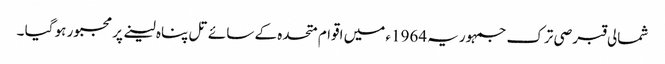
شمالی قبرصی ترک جمہوریہ 1964ء میں اقوام متحدہ کے سائے تل پناہ لینے پر مجبور ہو گیا ۔